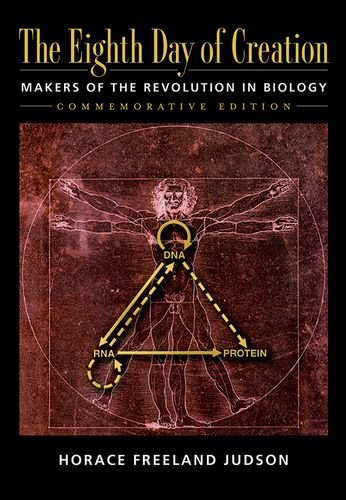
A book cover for The Eighth Day of Creation: Makers of the Revolution in Biology, Commemorative Edition; Horace Freeland Judson; Science & Math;